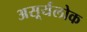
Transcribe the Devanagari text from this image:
असूर्यलोक